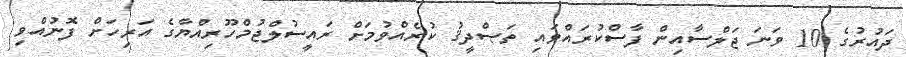
ދައުރުގެ 10 ވަނަ ޖަލްސާއިން ފާސްކުރައްވައި ތަޞްދީޤު ކުރެއްވުމަށް ރައީސުލްޖުމްހޫރިއްޔާގެ އަރިހަށް ފޮނުއްވި